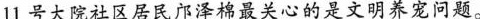
11号大院社区居民序泽棉最关心的是文明养宠问题